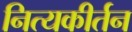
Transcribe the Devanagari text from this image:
नित्यकीर्तन